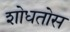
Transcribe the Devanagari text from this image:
शोधतोस